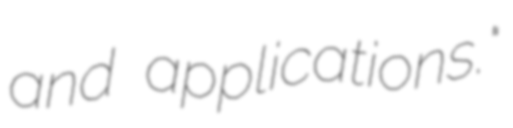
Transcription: and applications."